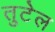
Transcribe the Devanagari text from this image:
तुटेल